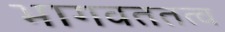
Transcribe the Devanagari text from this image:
भागवततत्व